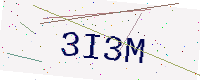
Text: 3I3M